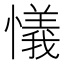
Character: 𢣂